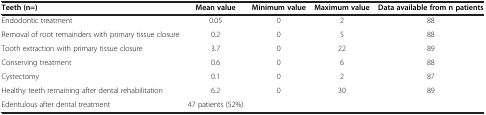
<table><thead><tr><td><b>Teeth (n=)</b></td><td><b>Mean value</b></td><td><b>Minimum value</b></td><td><b>Maximum value</b></td><td><b>Data available from n patients</b></td></tr></thead><tbody><tr><td>Endodontic treatment</td><td>0.05</td><td>0</td><td>2</td><td>88</td></tr><tr><td>Removal of root remainders with primary tissue closure</td><td>0.2</td><td>0</td><td>5</td><td>88</td></tr><tr><td>Tooth extraction with primary tissue closure</td><td>3.7</td><td>0</td><td>22</td><td>89</td></tr><tr><td>Conserving treatment</td><td>0.6</td><td>0</td><td>6</td><td>88</td></tr><tr><td>Cystectomy</td><td>0.1</td><td>0</td><td>2</td><td>87</td></tr><tr><td>Healthy teeth remaining after dental rehabilitation</td><td>6.2</td><td>0</td><td>30</td><td>89</td></tr><tr><td>Edentulous after dental treatment</td><td>47 patients (52%)</td><td> </td><td> </td><td> </td></tr></tbody></table>